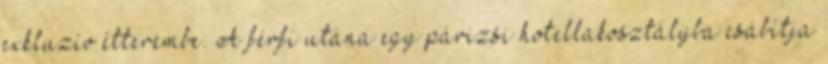
exkluzív étterembe. A férfi utána egy párizsi hotellakosztályba csábítja